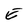
Character: E